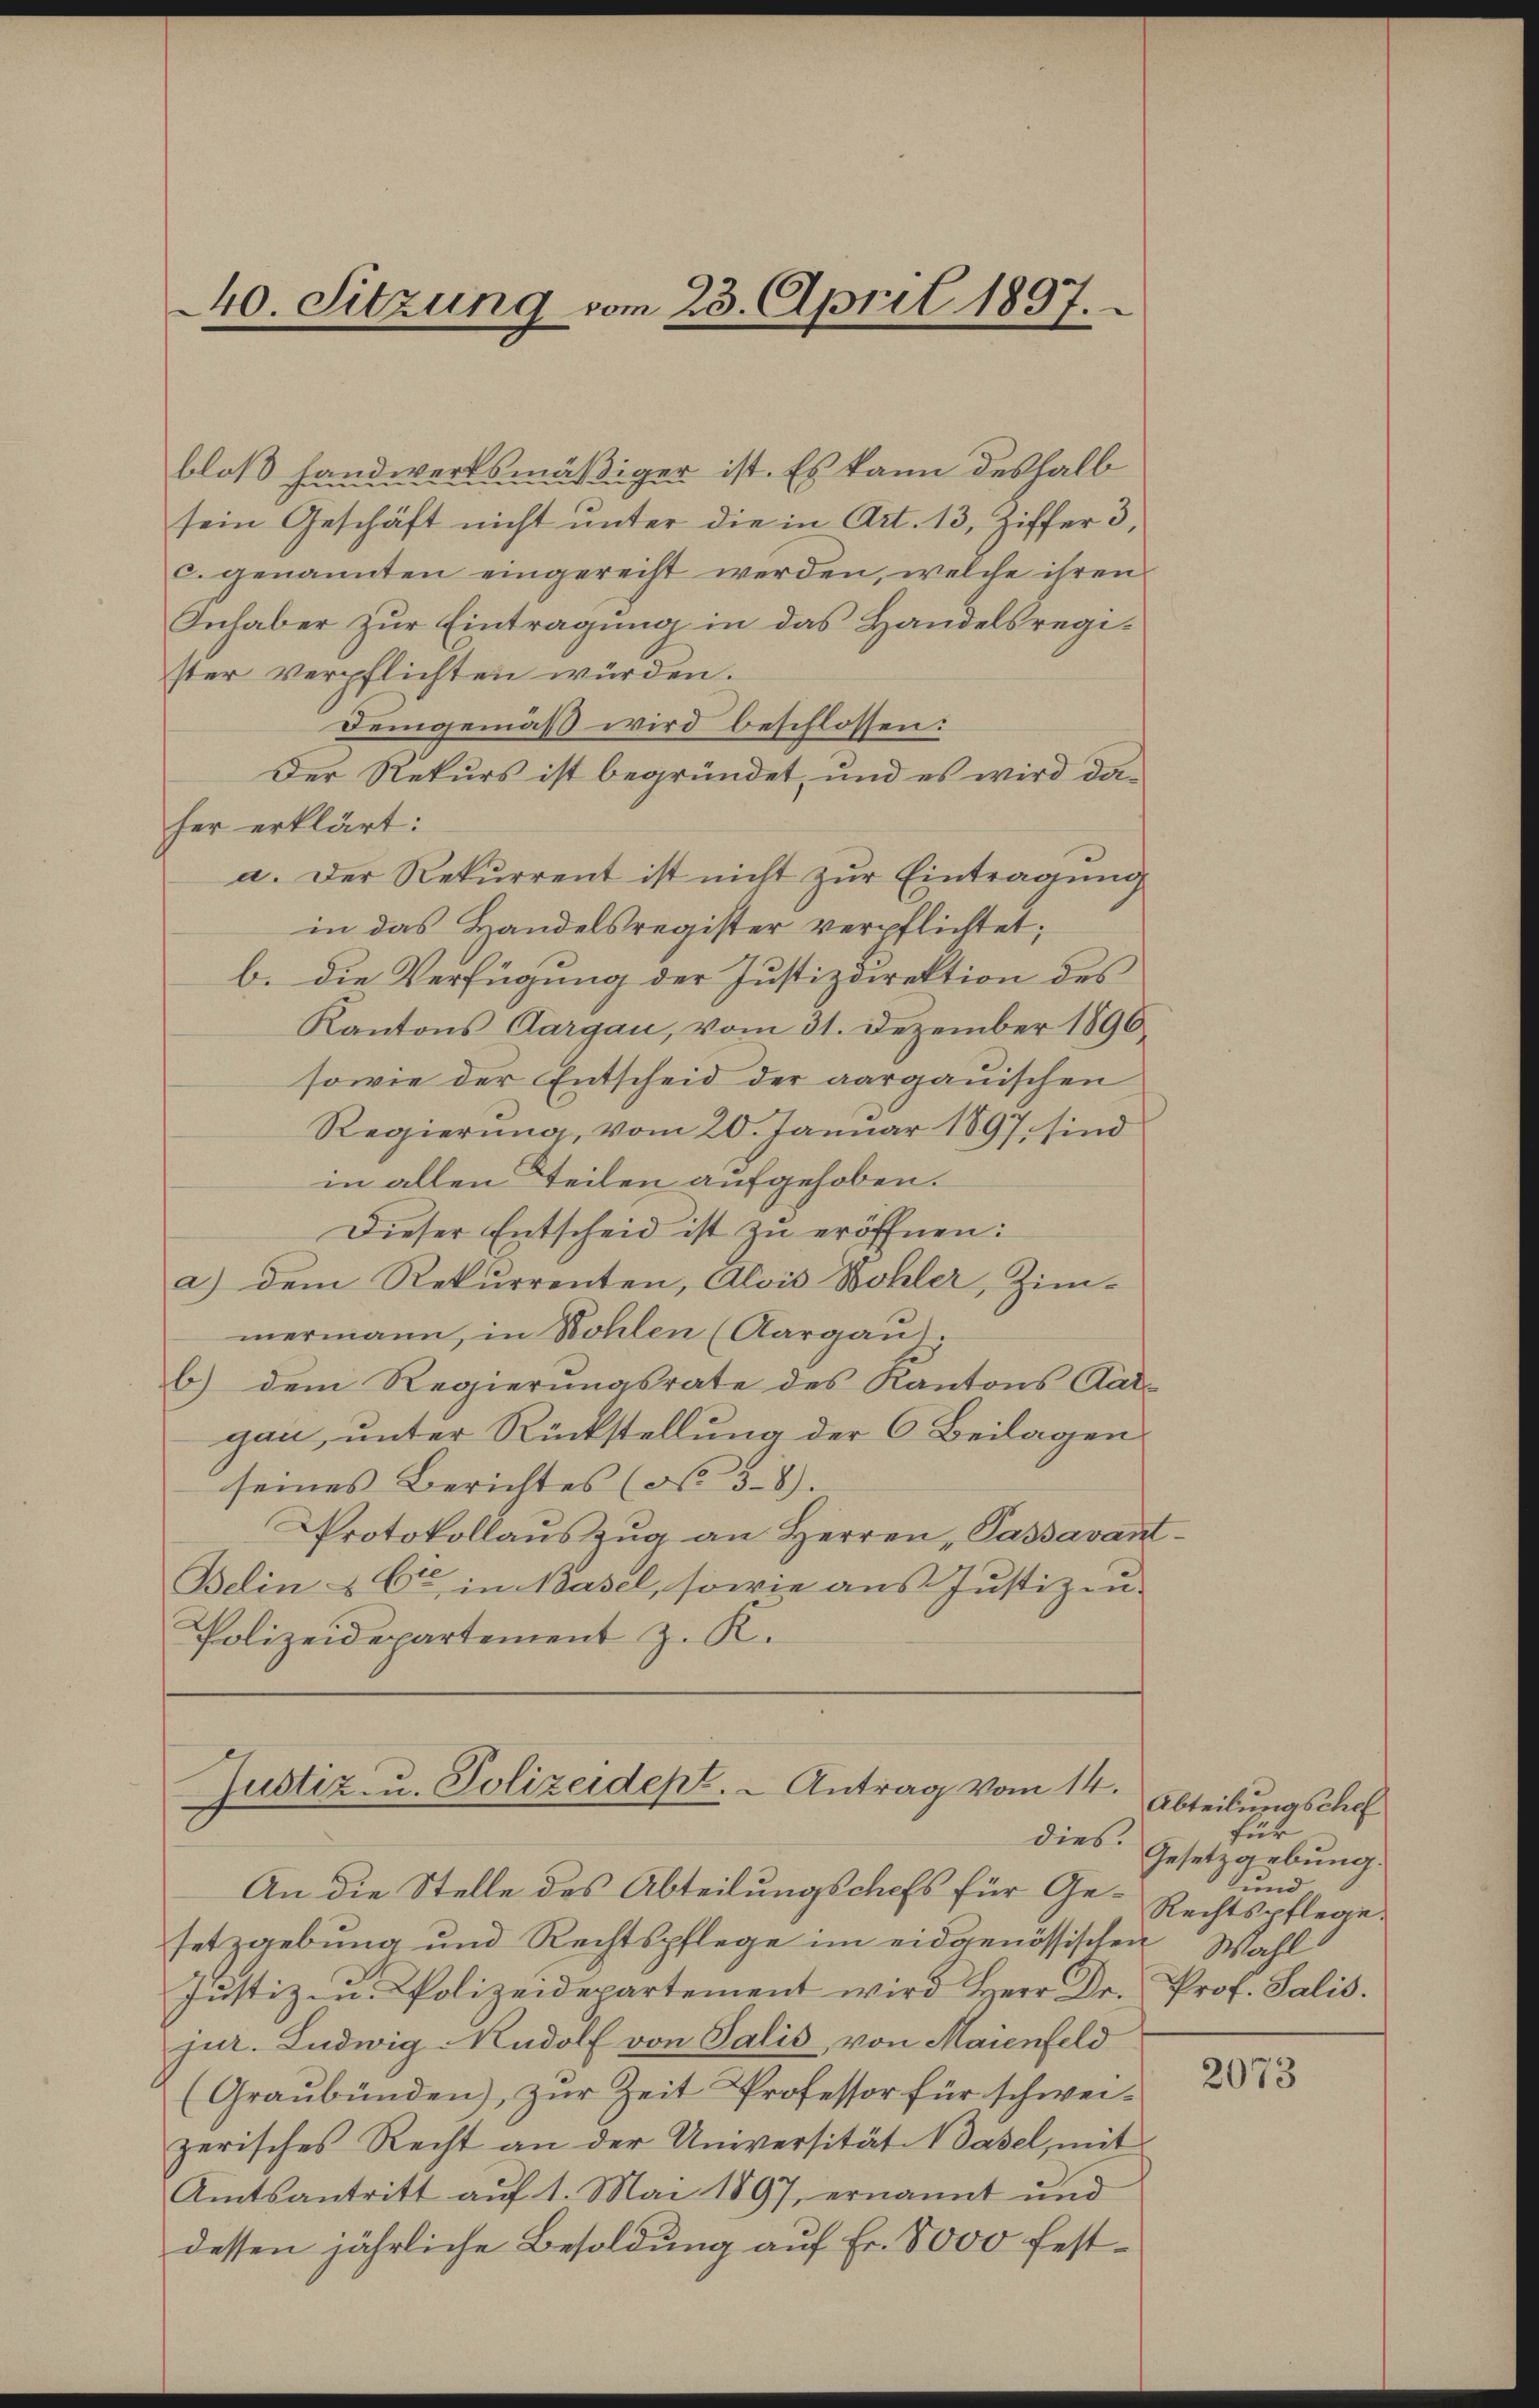
bloß handwerksmäßiger ist. Es kann deshalb
sein Geschäft nicht unter die in Art. 13, Ziffer 3,
c. genannten eingerecht werden, welche ihren
Inhaber zur Eintragung in das Handelsregister verpflichten würden.
Demgemäß wird beschlossen:
Der Rekurs ist begründet, und es wird daher erklärt:
a. Der Rekurrent ist nicht zur Eintragung
in das Handelsregister verpflichtet;
b. die Verfügung der Justizdirektion des
Kantons Aargau, vom 31. Dezember 1896
sowie der Entscheid der aargauischen
Regierung, vom 20. Januar 1897 sind
in allen Teilen aufgehoben.
Dieser Entscheid ist zu eröffnen:
a) dem Rekurrenten, Alois Wohler, Zimmermann, in Wohlen (Aargau.
b) dem Regierungsrate des Kantons Aar-
gau, unter Rückstellung der 6 Beilagen
seines Berichtes (N. 3.8).
Protokollauszug an Herren Passavant¬
Belin & Cie in Basel, sowie aus Justiz zu-
Polizeidepartement z. K.

40. Sitzung vom 23. April 1897.

Justiz- u. Polizeidept. - Antrag vom 14.
dies.

An die Stelle des Abteilungschefs für Gesetzgebung und Rechtspflege im eidgenössischen Wahl
Justiz- u. Polizeidepartement wird Herr Dr.
jur. Ludwig Rudolf von Salis, von Maienfeld
(Graubünden), zur Zeit Professor für schweizerisches Recht an der Universität Basel, mit
Amtsantritt aŭf 1. Mai 1897, ernannt und
dessen jährliche Besoldung auf Fr. 8000 fest¬

Abteilungschaf
für
Gesetzgebung.
und
Rechtspflege.
Prof. Salis.

2073